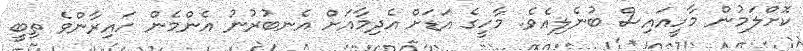
ކޮށްލަމުން މާހީއައިސް ބުނެލިއެވެ. މާހީގެ އަޑަށް އެދިމާއަށް އެނބުރުނު އެންމެން ހައިރާންވެ ތިބީ